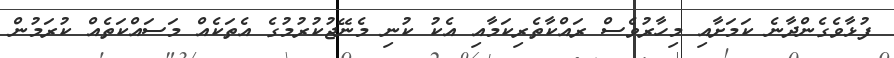
ފުޅާވެގެންދާނެ ކަމަށާއި މިހާރުވެސް ރައްކާތެރިކަމާއި އެކު ކުނި މެނޭޖުކުރުމުގެ އެތަކެއް މަސައްކަތެއް ކުރަމުން